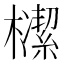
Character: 𣝠